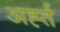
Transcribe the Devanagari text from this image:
अर्ह्त